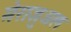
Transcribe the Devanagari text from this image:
मेराजुअल